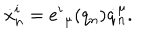
LaTeX: \dot { x } _ { n } ^ { i } = e ^ { i } { } _ { \mu } ( q _ { n } ) \dot { q } _ { n } ^ { \mu } .